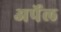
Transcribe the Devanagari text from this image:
अर्पेल